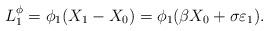
LaTeX: \begin{align*}L_1^{\phi}=\phi_1(X_1-X_0)=\phi_1(\beta X_0+\sigma\varepsilon_1).\end{align*}